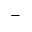
-